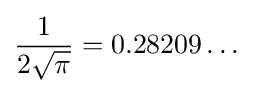
{\frac {1}{2{\sqrt {\pi }}}}=0.28209\dots